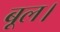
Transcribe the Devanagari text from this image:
बूल।